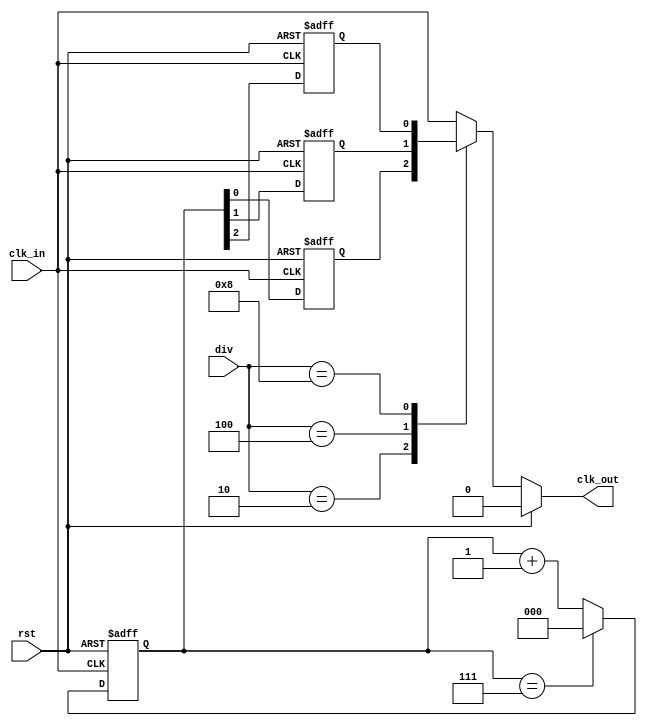
module Clock_Div(
    input clk_in,
    input [3:0] div,
    input rst,
    output reg  clk_out
    );
 reg [2:0] count;
 reg clk_div2;
 reg clk_div4;
 reg clk_div8;
// wire clk_temp;
 
//assign clk_temp=clk_in;
 
 always@(posedge clk_in or posedge rst)
  begin
   if(rst)
    begin
     count<=3'b0;
    end
   else
    begin
     if(count==3'b111)
      begin
       count<=3'b0;
      end
     else
      begin
       count<=count+1'b1;
      end
    end
  end
 
 always@(posedge clk_in or posedge rst)
  begin
   if(rst)
    begin
     clk_div2<=1'b0;
     clk_div4<=1'b0;
     clk_div8<=1'b0;
    end
   else
    begin
     clk_div2<=count[0];
     clk_div4<=count[1];
     clk_div8<=count[2];
    end
  end
  
 always@(div or rst or clk_in or clk_div2 or clk_div4 or clk_div8)
  begin
   if(rst)
    begin
     clk_out=0;
    end
   else
    begin
     case(div)
      4'b0001: clk_out=clk_in;
      4'b0010: clk_out=clk_div2;
      4'b0100: clk_out=clk_div4;
      4'b1000: clk_out=clk_div8;
      default: clk_out=clk_in;
     endcase
    end
  end
endmodule